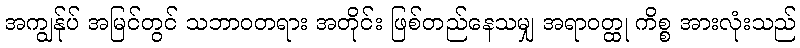
အကျွန်ုပ် အမြင်တွင် သဘာဝတရား အတိုင်း ဖြစ်တည်နေသမျှ အရာဝတ္ထု ကိစ္စ အားလုံးသည်